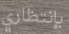
بإنتظاري